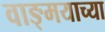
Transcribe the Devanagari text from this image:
वाङ्‍मयाच्या